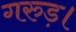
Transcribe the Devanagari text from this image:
गरुड़।